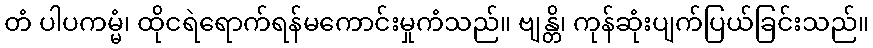
တံ ပါပကမ္မံ၊ ထိုငရဲရောက်ရန်မကောင်းမှုကံသည်။ ဗျန္တိ၊ ကုန်ဆုံးပျက်ပြယ်ခြင်းသည်။